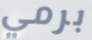
برمي